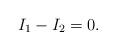
LaTeX: \begin{align*}I_1-I_2=0.\end{align*}